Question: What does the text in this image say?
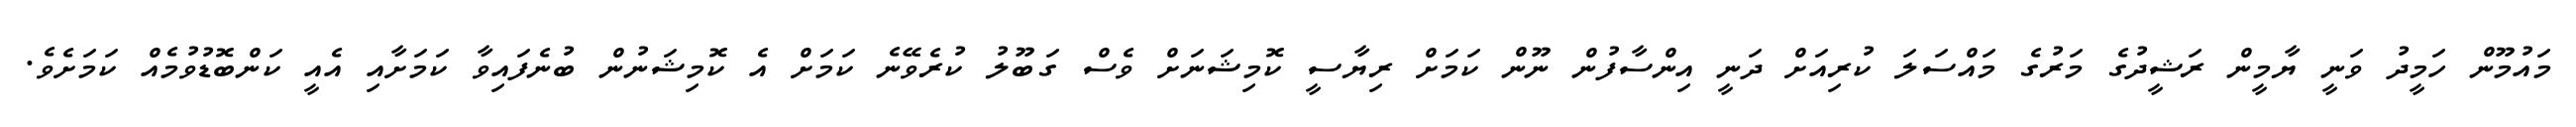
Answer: މައުމޫން ހަމީދު ވަނީ ޔާމީން ރަޝީދުގެ މަރުގެ މައްސަލަ ކުރިއަށް ދަނީ އިންސާފުން ނޫން ކަމަށް ރިޔާސީ ކޮމިޝަނަށް ވެސް ގަބޫލު ކުރެވޭނެ ކަމަށް އެ ކޮމިޝަނުން ބުނެފައިވާ ކަމަށާއި އެއީ ކަންބޮޑުވުމެއް ކަމަށެވެ.